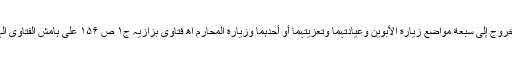
وللزوج أن یأذن بالخروج إلی سبعة مواضع زیارة الأبوین وعیادتہما وتعزیتہما أو أحدہما وزیارة المحارم اھ فتاوی بزازیہ ج۱ ص ۱۵۶ علی ہامش الفتاوی الہندیة ج۴ ص ۱۵۶۔